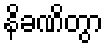
နိခဏိတွာ